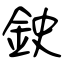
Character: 鉂